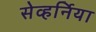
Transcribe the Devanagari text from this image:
सेव्हर्निया